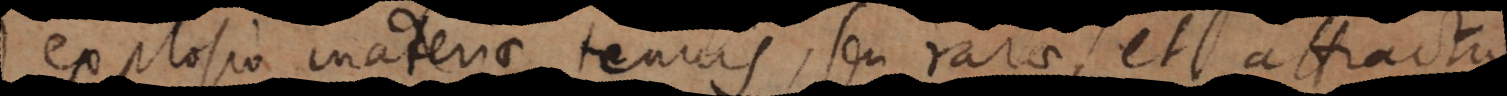
explosio materiae tenuis, seu rarae, et attract